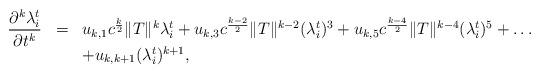
LaTeX: \begin{align*}\begin{array}{rcl}\displaystyle\frac{\partial^{k}\lambda_{i}^{t} }{\partial t^{k}}&=&u_{k,1}c^{\frac{k}{2}}\|T\|^{k}\lambda_{i}^{t}+u_{k,3}c^{\frac{k-2}{2}}\|T\|^{k-2}(\lambda_{i}^{t})^{3}+u_{k,5}c^{\frac{k-4}{2}}\|T\|^{k-4}(\lambda_{i}^{t})^{5}+\ldots \\& &+u_{k,k+1}(\lambda_{i}^{t})^{k+1},\end{array}\end{align*}